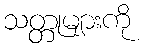
သတ္တုများကို